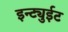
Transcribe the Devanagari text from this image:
इन्ट्युईट